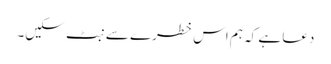
دعا ہے کہ ہم اس خطرے سے نبٹ سکیں۔